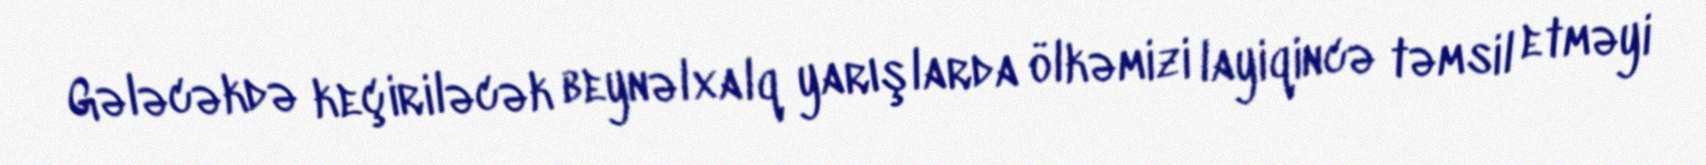
Gələcəkdə keçiriləcək beynəlxalq yarışlarda ölkəmizi layiqincə təmsil etməyi